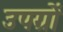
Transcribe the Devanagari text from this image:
उपग्रों